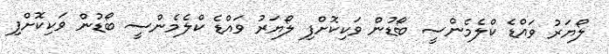
ލޯޔަރު ވައްޑެ ކްލެމެންސީ ބޯޑުން ވަކިކޮށްފި ލޯޔަރު ވައްޑެ ކްލެމެންސީ ބޯޑުން ވަކިކޮށްފި